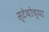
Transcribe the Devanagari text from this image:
स्टेथोच्या